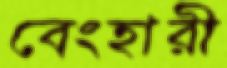
বেংহারী